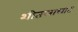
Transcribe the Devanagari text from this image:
शीतलाघाट